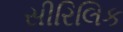
સીરિલિક